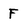
Character: F